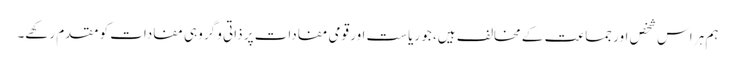
ہم ہر اس شخص اور جماعت کے مخالف ہیں، جو ریاست اور قومی مفادات پر ذاتی و گروہی مفادات کو مقدم رکھے۔